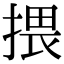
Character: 揋